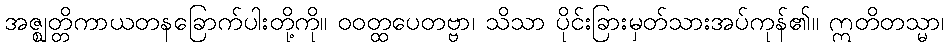
အဇ္ဈတ္တိကာယတနခြောက်ပါးတို့ကို။ ဝဝတ္ထပေတဗ္ဗာ၊ သိသာ ပိုင်းခြားမှတ်သားအပ်ကုန်၏။ ဣတိတသ္မာ၊